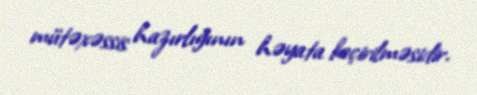
mütəxəssis hazırlığının həyata keçirilməsidir.